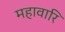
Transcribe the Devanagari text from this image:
महावारि